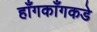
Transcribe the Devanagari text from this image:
हाँगकाँगकडे